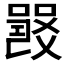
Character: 𤕦